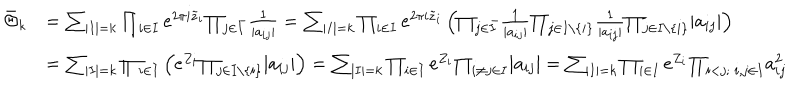
LaTeX: \begin{array} { r l } { { \bar { \Theta } _ { k } } } & { { = { \sum } _ { | I | = k } \prod _ { i \in I } e ^ { 2 \pi i \tilde { z } _ { i } } { \prod _ { j \in { \bar { I } } } } { \frac { 1 } { | a _ { i j } | } } = { \sum } _ { | I | = k } \prod _ { i \in I } e ^ { 2 \pi i \tilde { z } _ { i } } \left( { \prod _ { j \in { \bar { I } } } } { \frac { 1 } { | a _ { i j } | } } { \prod _ { j \in I \setminus \{ i \} } } { \frac { 1 } { | a _ { i j } | } } { \prod _ { j \in I \setminus \{ i \} } } | a _ { i j } | \right) } } \\ { { } } & { { = { \sum } _ { | I | = k } \prod _ { i \in I } \left( e ^ { Z _ { i } } { \prod _ { j \in I \setminus \{ i \} } } | a _ { i j } | \right) = { \sum } _ { | I | = k } \prod _ { i \in I } e ^ { Z _ { i } } { \prod _ { i \ne j \in I } } | a _ { i j } | = { \sum } _ { | I | = k } \prod _ { i \in I } e ^ { Z _ { i } } { \prod _ { i < j ; \ i , j \in I } } a _ { i j } ^ { 2 } } } \\ \end{array}